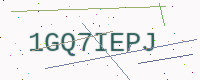
Text: 1GQ7IEPJ